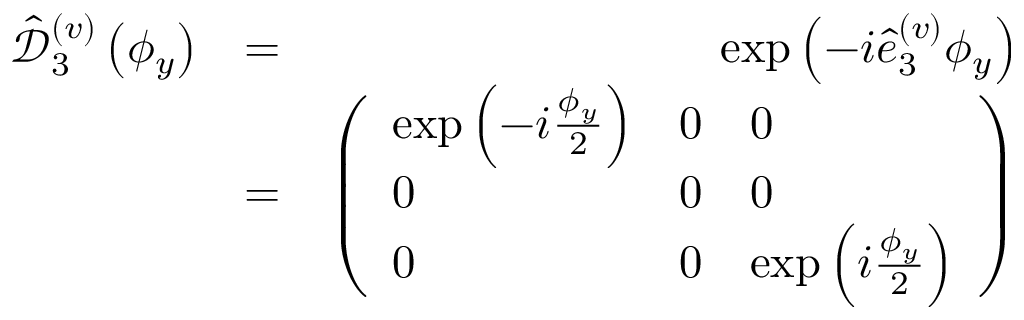
\begin{array} { r l r } { \hat { \mathcal D } _ { 3 } ^ { ( v ) } \left( \phi _ { y } \right) } & { = } & { \exp \left( - i \hat { e } _ { 3 } ^ { ( v ) } \phi _ { y } \right) } \\ & { = } & { \left( \begin{array} { l l l } { \exp \left( - i \frac { \phi _ { y } } { 2 } \right) } & { 0 } & { 0 } \\ { 0 } & { 0 } & { 0 } \\ { 0 } & { 0 } & { \exp \left( i \frac { \phi _ { y } } { 2 } \right) } \end{array} \right) } \end{array}